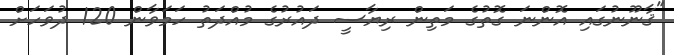
"ޤާނޫނުގައި އޮންނަ ގޮތުގެ މަތިން ރިޔާސީ ދައުރުގެ މުއްދަތު ހަމަވާން 120 ދުވަހަށް